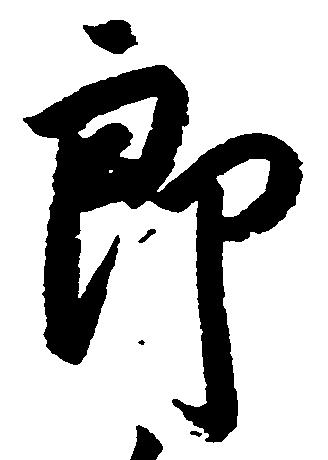
郎